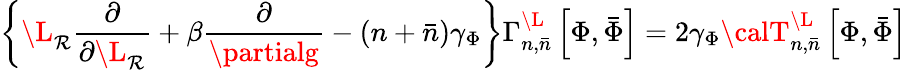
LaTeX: \left\{ \L_{\mathcal{R}}\frac{{\partial}}{{\partial\L_{\mathcal{R}}}}+\beta\frac{{\partial}}{{\partialg}}-(n+\bar{{n}})\gamma_{\Phi}\right\} \Gamma_{n,\bar{{n}}}^{\L}\left[\Phi,\bar{{\Phi}}\right]=2\gamma_{\Phi}{\calT}_{n,\bar{{n}}}^{\L}\left[\Phi,\bar{{\Phi}}\right]